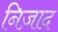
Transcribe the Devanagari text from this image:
निज़ाद